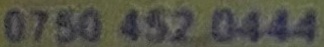
0750 452 0444